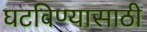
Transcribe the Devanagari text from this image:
घटविण्यासाठी